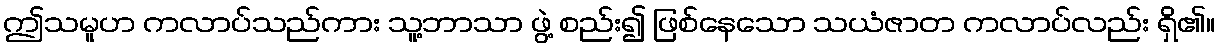
ဤသမူဟ ကလာပ်သည်ကား သူ့ဘာသာ ဖွဲ့ စည်း၍ ဖြစ်နေသော သယံဇာတ ကလာပ်လည်း ရှိ၏။